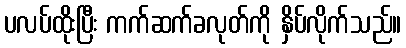
ပလပ်ထိုးပြီး ကက်ဆက်ခလုတ်ကို နှိပ်လိုက်သည်။